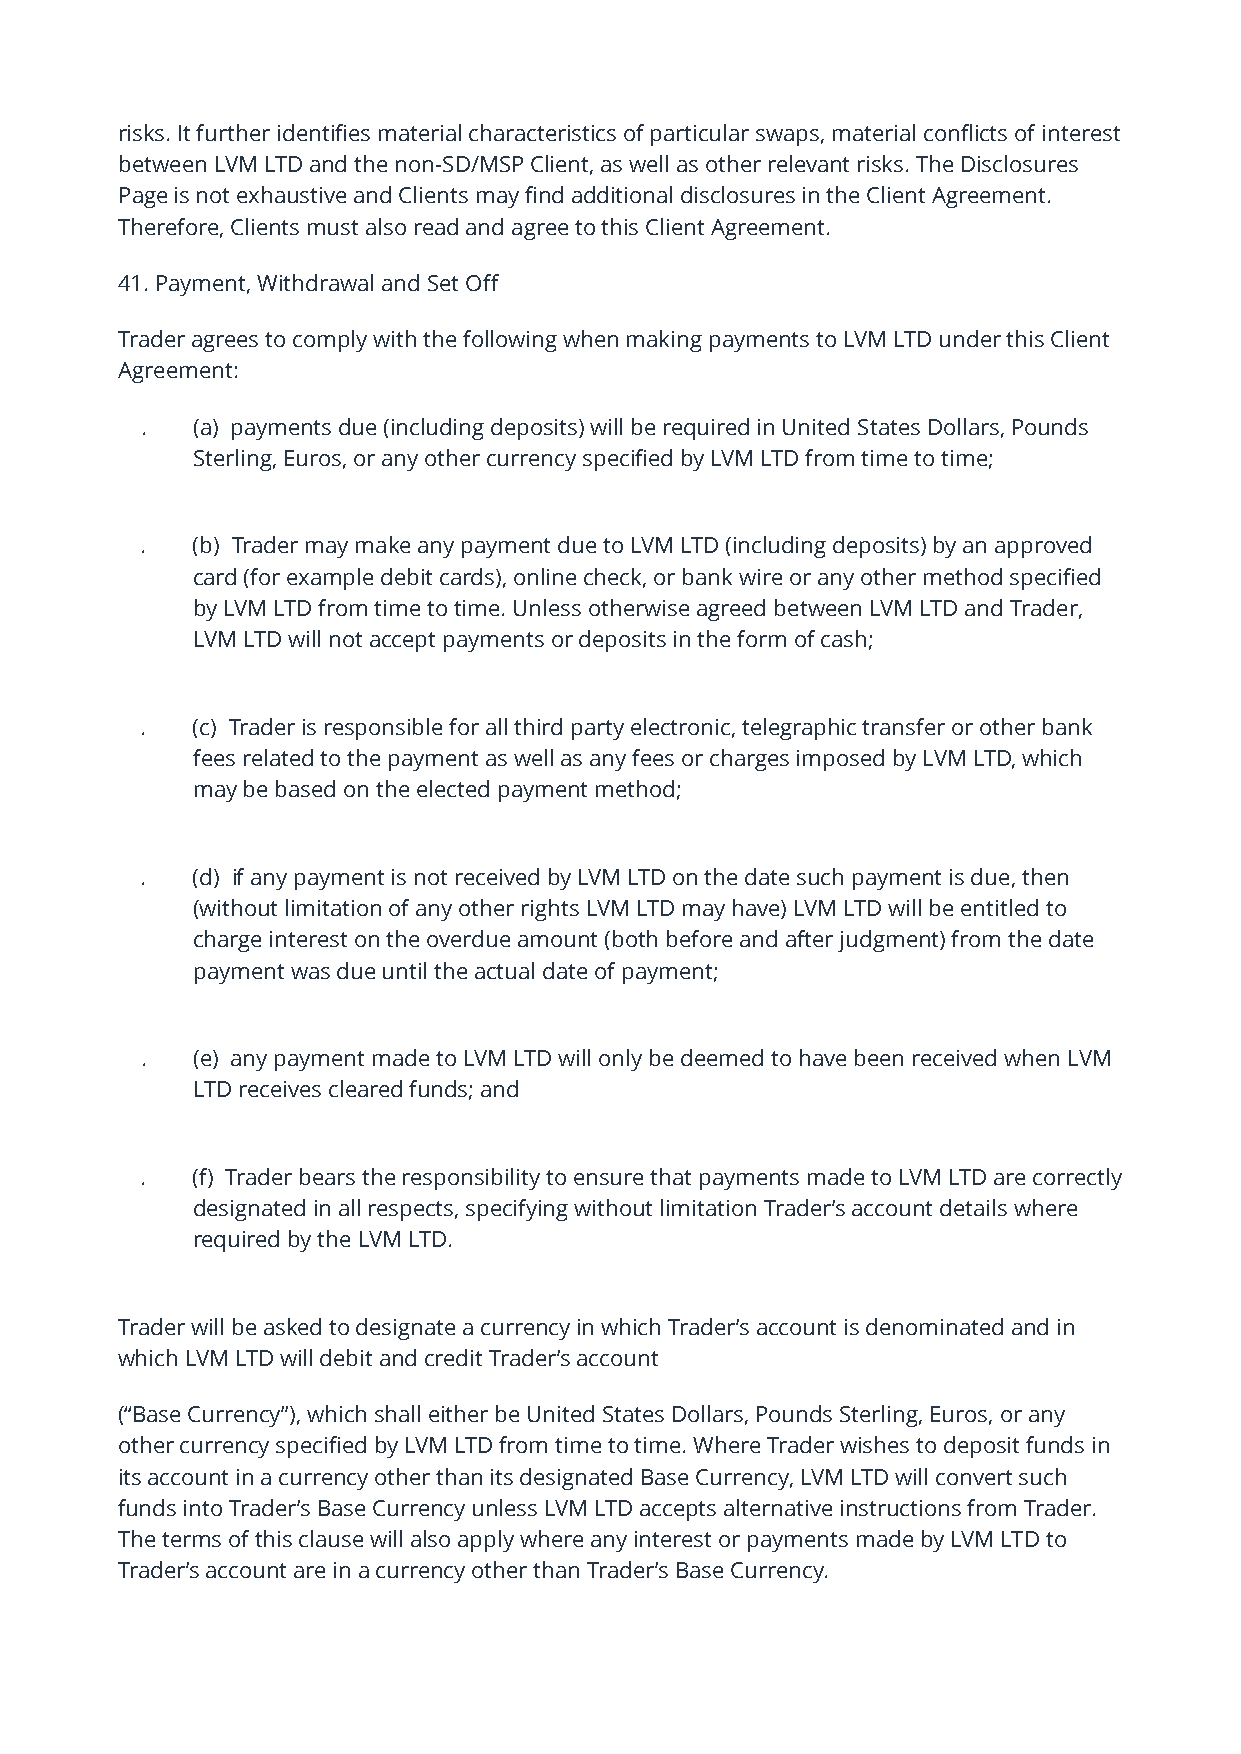
risks. It further identifies material characteristics of particular swaps, material conflicts of interest
 between LVM LTD and the non-SD/MSP Client, as well as other relevant risks. The Disclosures
 Page is not exhaustive and Clients may find additional disclosures in the Client Agreement.
 Therefore, Clients must also read and agree to this Client Agreement.
 41. Payment, Withdrawal and Set Off
 Trader agrees to comply with the following when making payments to LVM LTD under this Client
 Agreement:
 .   (a) payments due (including deposits) will be required in United States Dollars, Pounds
 Sterling, Euros, or any other currency specified by LVM LTD from time to time;
 .   (b) Trader may make any payment due to LVM LTD (including deposits) by an approved
 card (for example debit cards), online check, or bank wire or any other method specified
 by LVM LTD from time to time. Unless otherwise agreed between LVM LTD and Trader,
 LVM LTD will not accept payments or deposits in the form of cash;
 .   (c) Trader is responsible for all third party electronic, telegraphic transfer or other bank
 fees related to the payment as well as any fees or charges imposed by LVM LTD, which
 may be based on the elected payment method;
 .   (d) if any payment is not received by LVM LTD on the date such payment is due, then
 (without limitation of any other rights LVM LTD may have) LVM LTD will be entitled to
 charge interest on the overdue amount (both before and after judgment) from the date
 payment was due until the actual date of payment;
 .   (e) any payment made to LVM LTD will only be deemed to have been received when LVM
 LTD receives cleared funds; and
 .   (f) Trader bears the responsibility to ensure that payments made to LVM LTD are correctly
 designated in all respects, specifying without limitation Trader’s account details where
 required by the LVM LTD.
 Trader will be asked to designate a currency in which Trader’s account is denominated and in
 which LVM LTD will debit and credit Trader’s account
 (“Base Currency”), which shall either be United States Dollars, Pounds Sterling, Euros, or any
 other currency specified by LVM LTD from time to time. Where Trader wishes to deposit funds in
 its account in a currency other than its designated Base Currency, LVM LTD will convert such
 funds into Trader’s Base Currency unless LVM LTD accepts alternative instructions from Trader.
 The terms of this clause will also apply where any interest or payments made by LVM LTD to
 Trader’s account are in a currency other than Trader’s Base Currency.